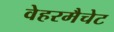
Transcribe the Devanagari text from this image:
वेहरमैचेट